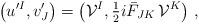
LaTeX: \begin{align*}\big(u^{\prime I}, v'_J\big) = \big({\cal V}^I,{\textstyle{1\over 2}} i\bar F_{JK}\,{\cal V}^K\big) \ ,\end{align*}